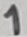
Text: 1